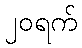
၂၀ရက်